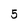
Character: 5